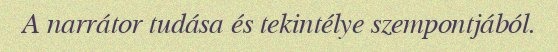
A narrátor tudása és tekintélye szempontjából.